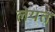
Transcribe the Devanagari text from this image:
लेयत